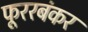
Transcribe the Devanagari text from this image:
फूररबंकर